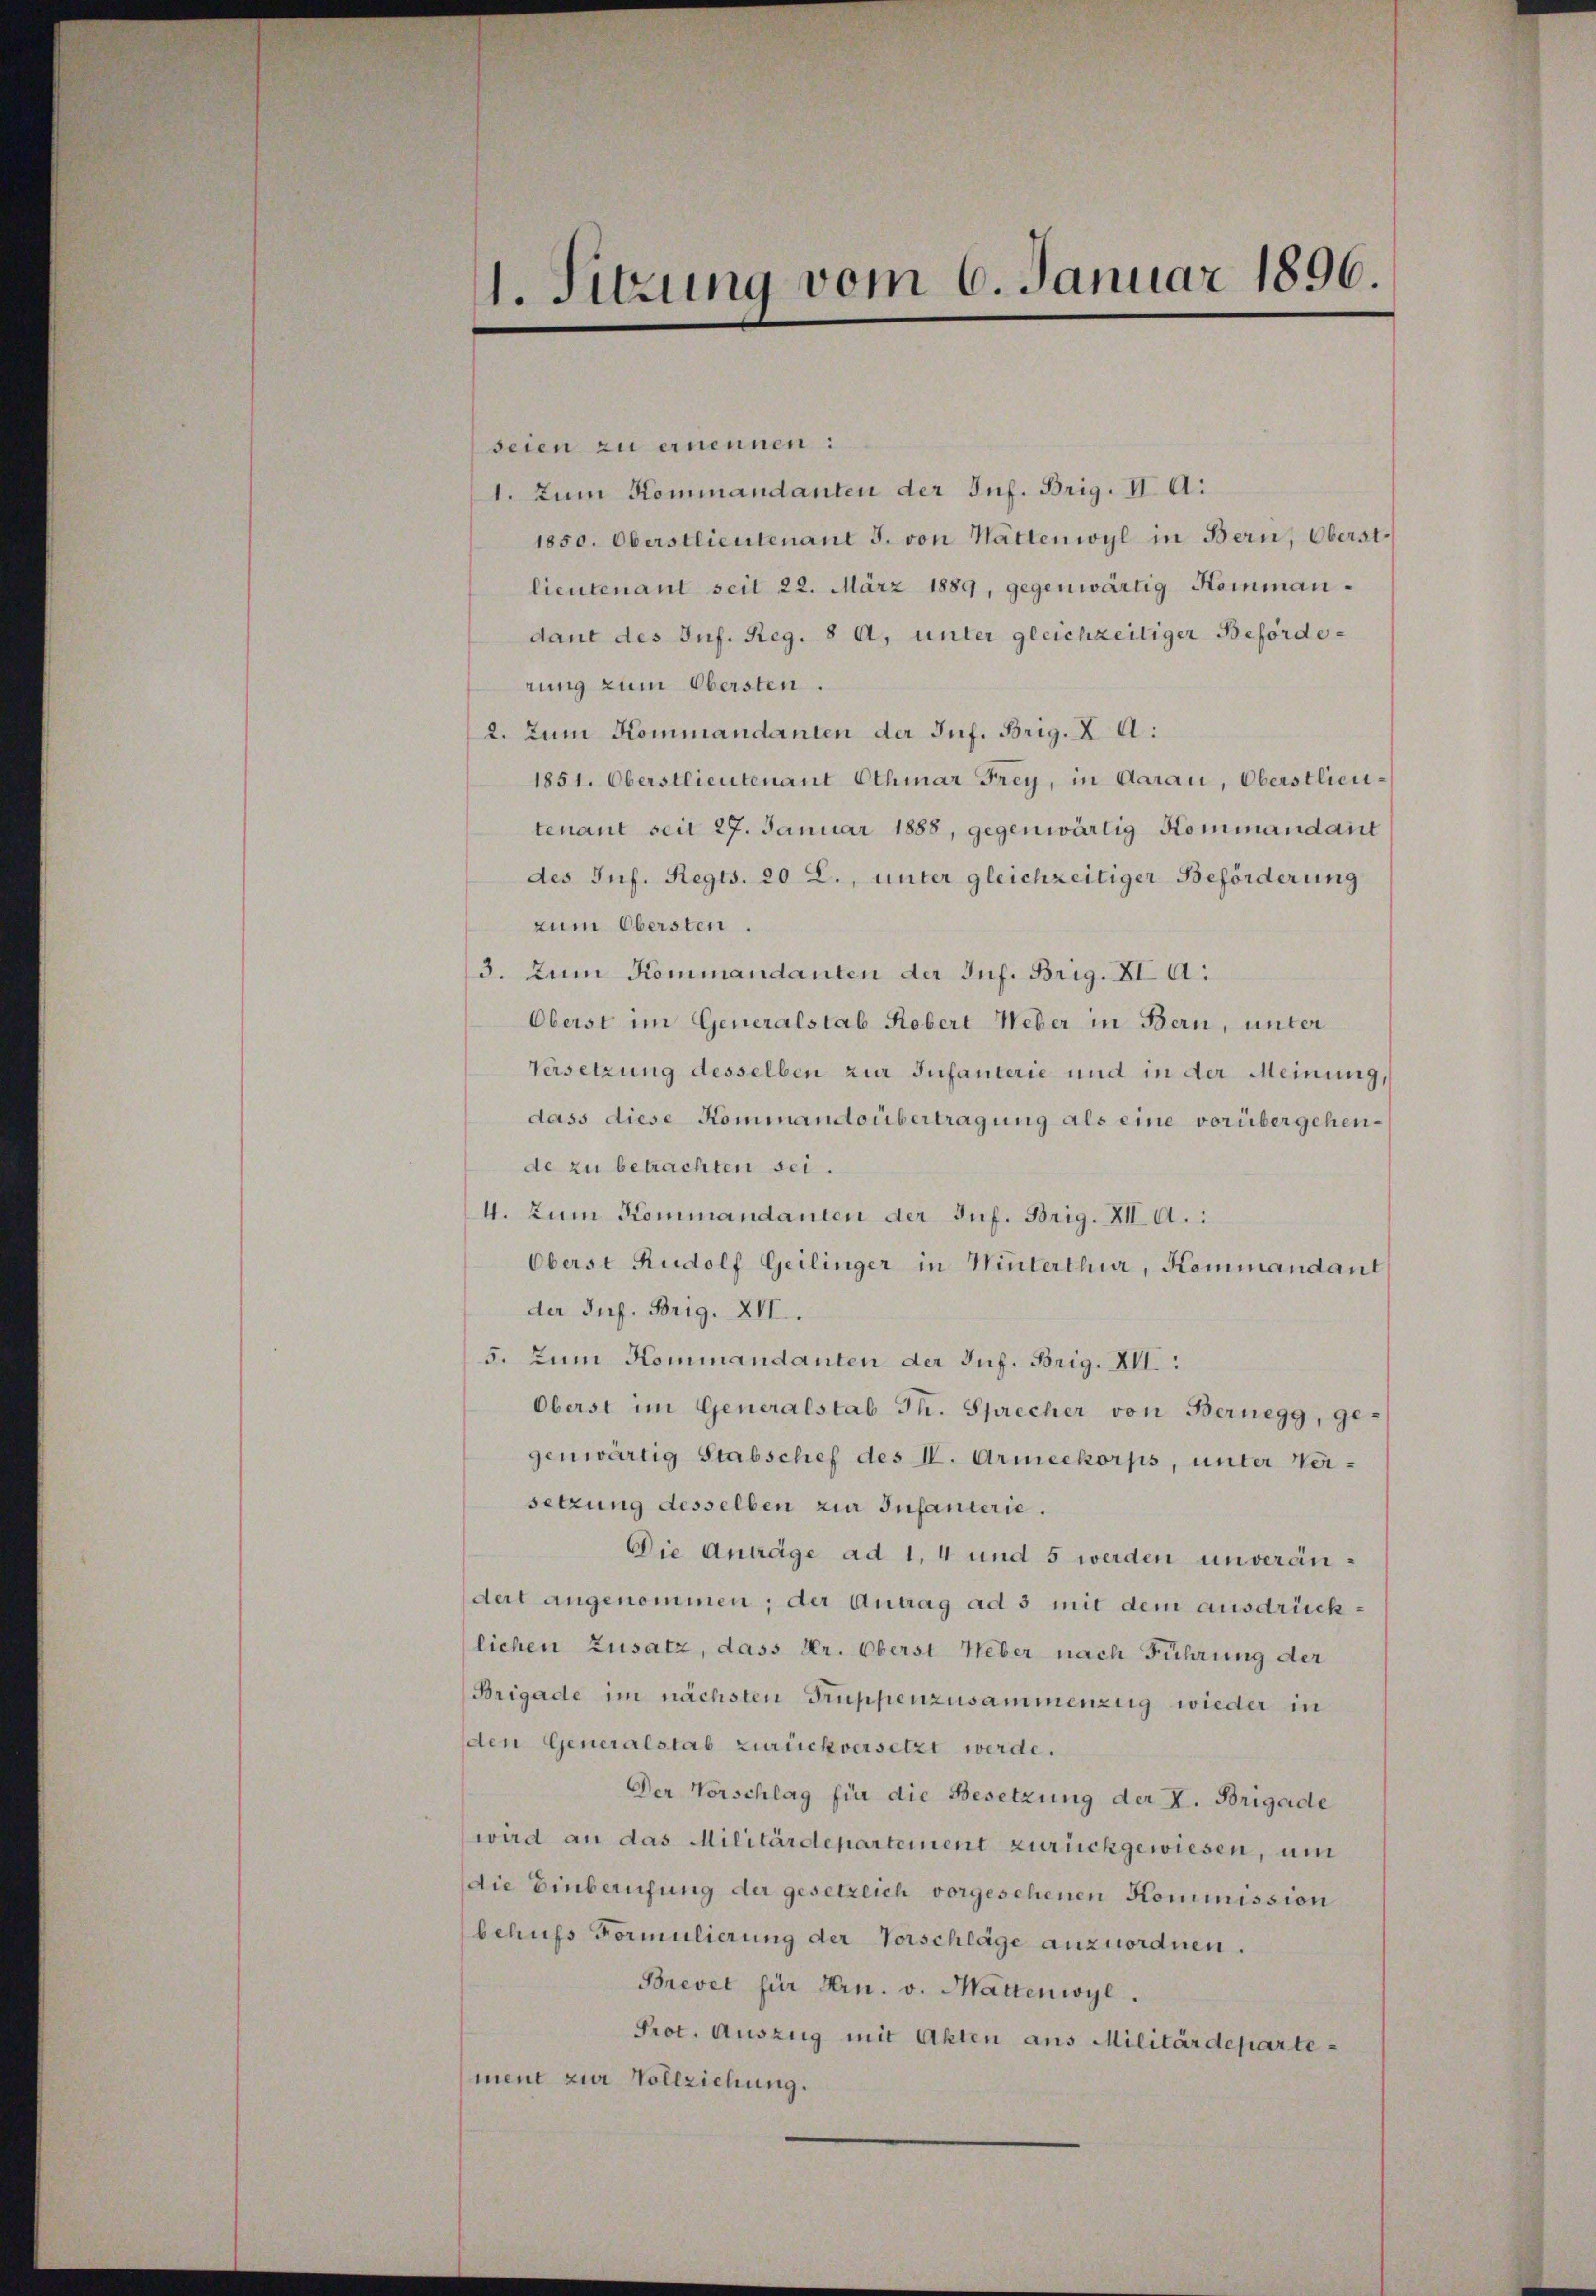
seien zu ernennen:
1. Zum Kommandanten der Inf. Brig. II. A.
1850. Oberstlieutenant J. von hättenwyl in Bern, Oberst
lieutenant seit 22. März 1889, gegenwärtig Kommandant des Inf. Reg. 8 A. unter gleichzeitiger Beförderung zum Obersten.
2. Zum Kommandanten der Inf. Brig. X A:
1851. Oberstlieutenant Othmar Frey, in Aarau, Oberstlieutenant seit 27. Januar 1888, gegenwärtig Kommandant
des Inf. Regis. 20 L., unter gleichzeitiger Beförderung
zum Obersten.
3. Zum Kommandanten der Inf. Brig. XI. A.
Oberst im Generalstab Robert Weber in Bern, unter
Versetzung desselben zur Infanterie und in der Meinung,
dass diese Kominandoübertragung als eine vorübergehen,
de zu betrachten sei.
4. Zum Kommandanten der Juf. Brig. XII. A.
Oberst Rudolf Geilinger in Winterthur, Kommandant
der Sus. Brig. XII.
5. Zum Kommandanten der Juf. Brig. XII.
Oberst im Generalstab Th. Sprecher von Bernegg, ge-
genwärtig Stabschef des IV. Armeekorps, unter Versetzung desselben zur Infanterie.
Die Anträge ad 1, 4 und 5 werden unverändert angenommen; der Antrag ad 3 mit dem ausdrück
lichen Zusatz, dass Dr. Oberst Heber nach Führung der
Brigade im nächsten Truppenzusammenzug wieder in
den Generalstab zurückversetzt werde.
Der Vorschlag für die Besetzung der I. Brigade
wird an das Militärdepartement zurückgewiesen, um
die Einberufung der gesetzlich vorgesehenen Kommission
behufs Formulierung der Vorschläge anzuordnen.
Brevet für Hrn. v. Mattenwyl.
Prot. Auszug mit Akten aus Militärdepartement zur Vollziehung.

1. Sitzung vom 6. Januar 1896.